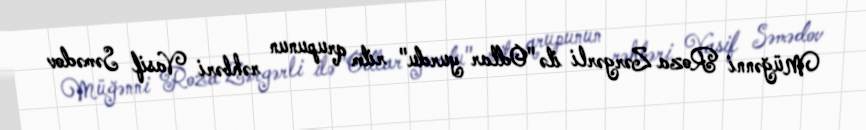
Müğənni Roza Zərgərli ilə "Odlar yurdu" ritm qrupunun rəhbəri Vasif Səmədov